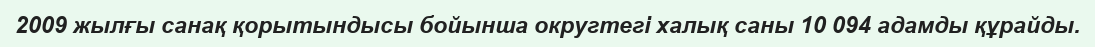
2009 жылғы санақ қорытындысы бойынша округтегі халық саны 10 094 адамды құрайды.